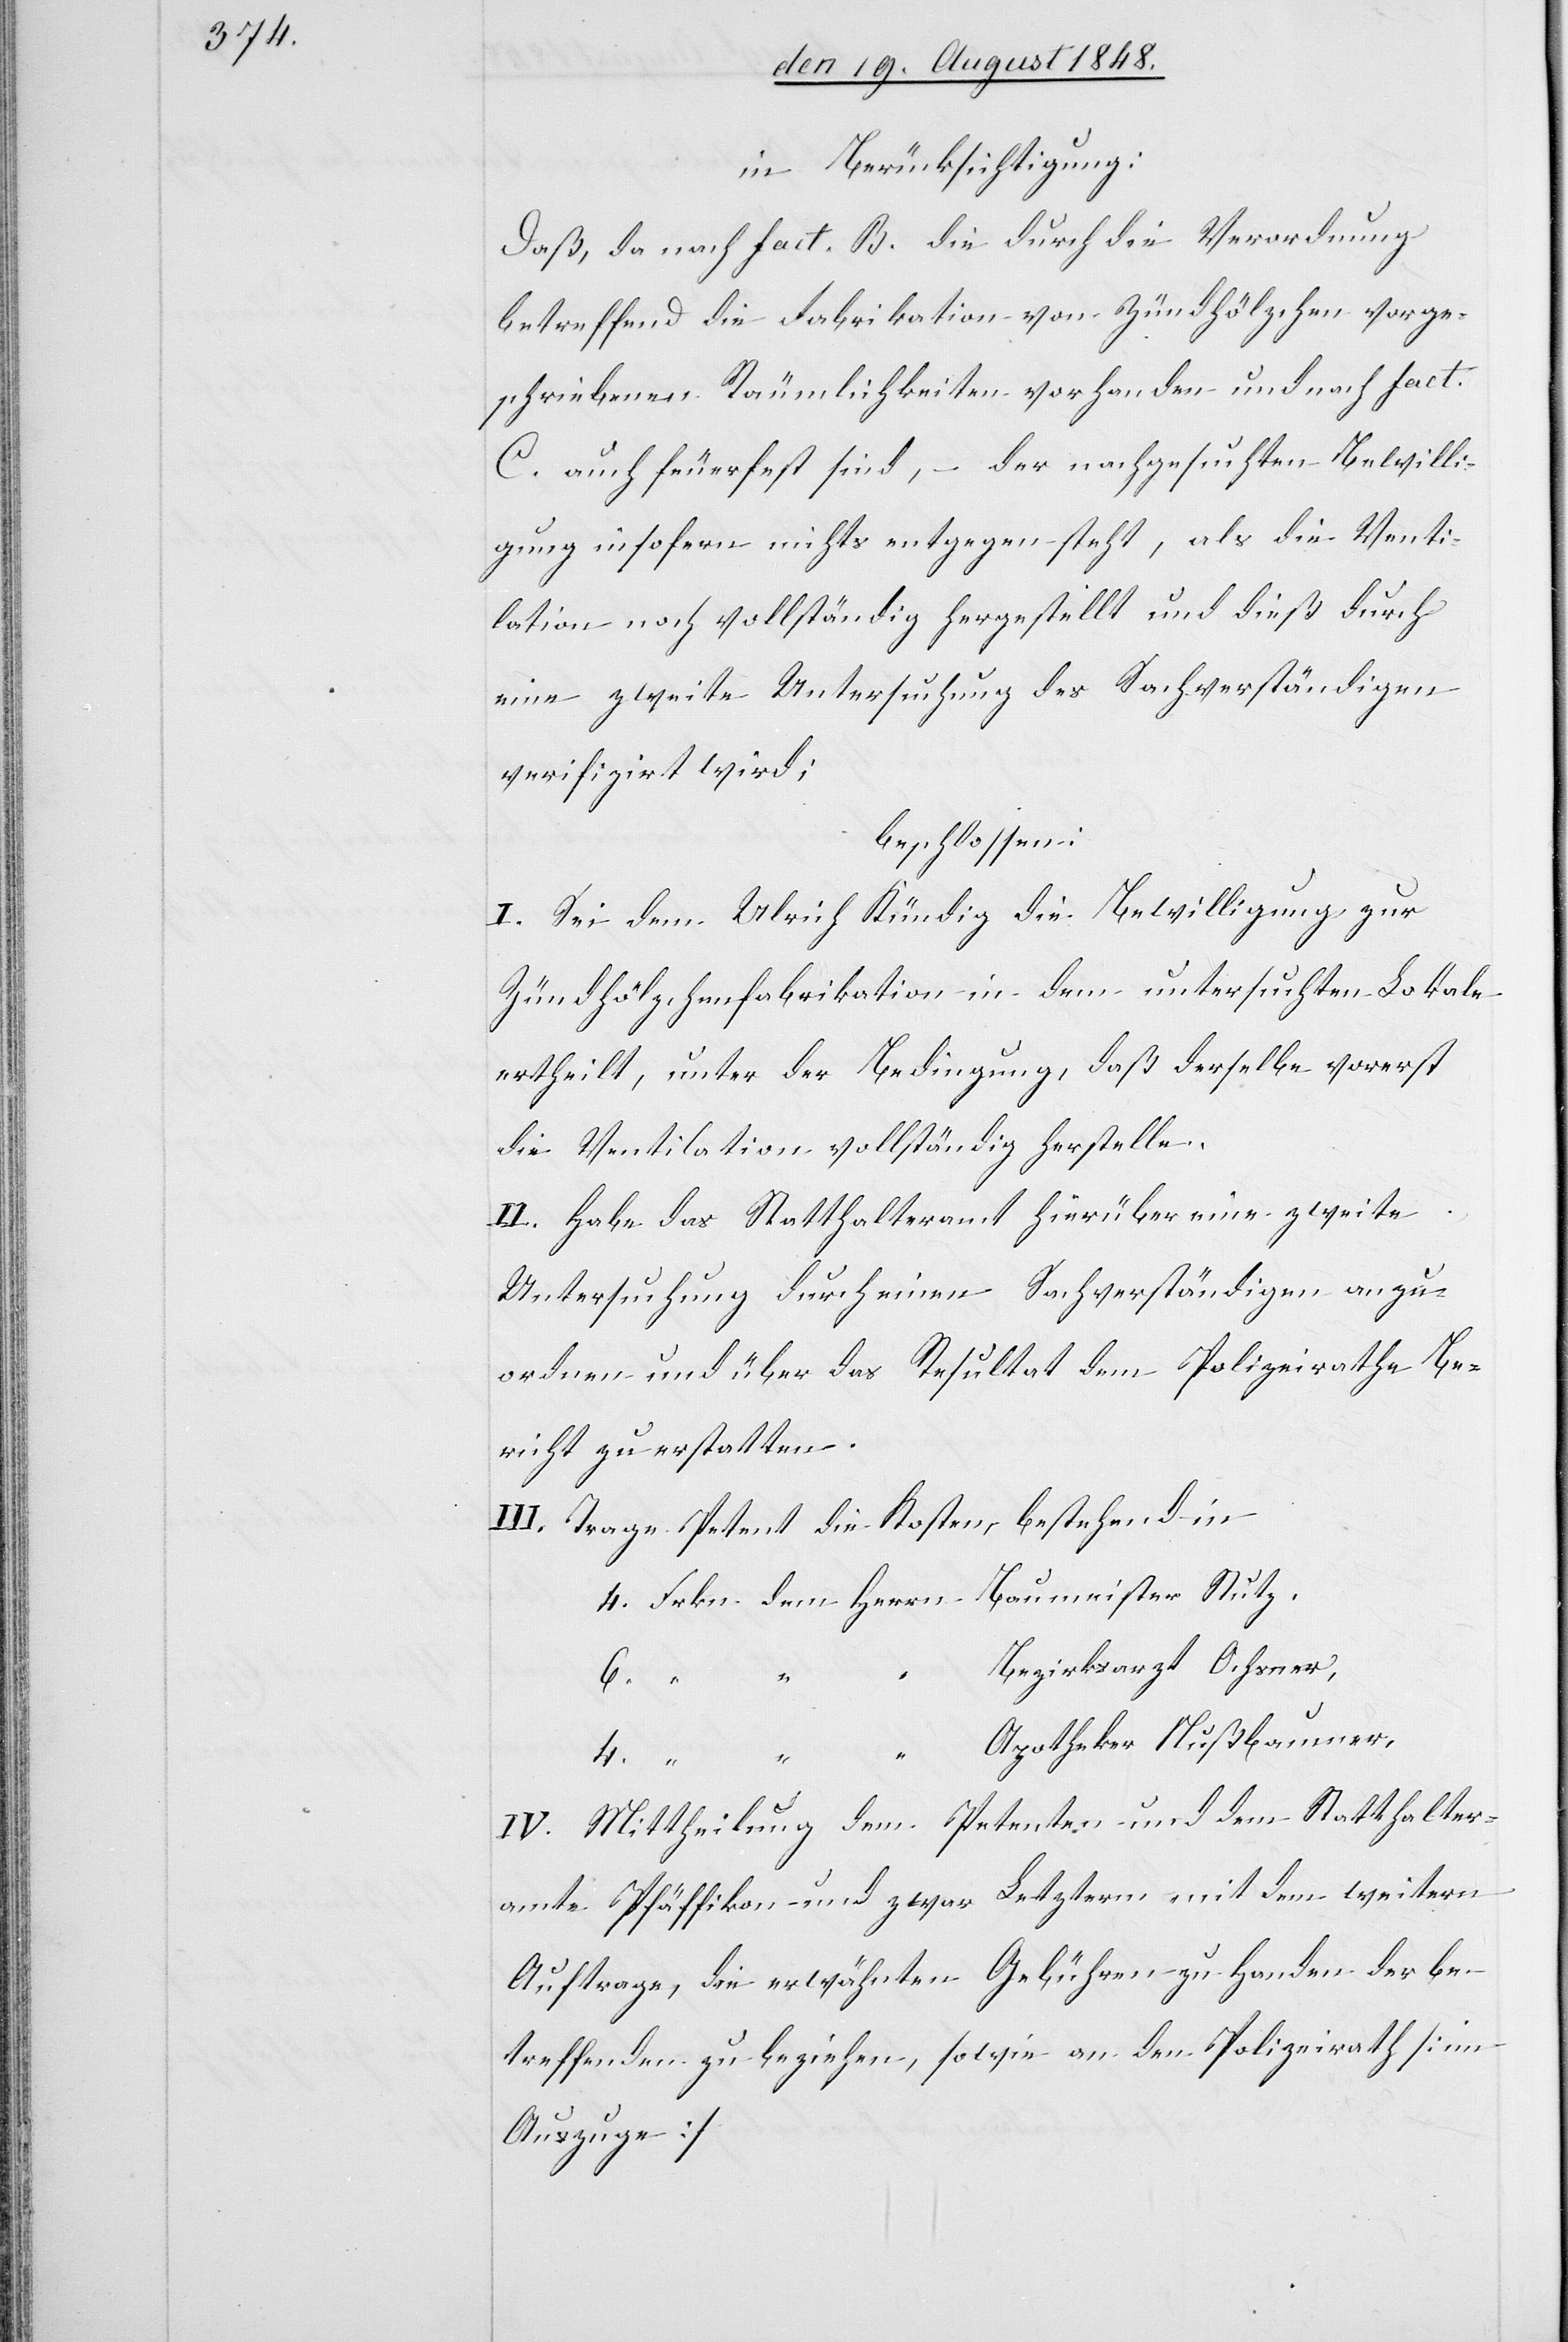
in Berücksichtigung:
Daß, da nach fact. B. die durch die Verordnung
betreffend die Fabrikation von Zündhölzchen vorge¬
schriebenen Räumlichkeiten vorhanden und nach fact.
C. auch feuerfest sind, – der nachgesuchten Bewilli¬
gung insofern nichts entgegen steht, als die Venti¬
lation noch vollständig hergestellt und dieß durch
eine zweite Untersuchung des Sachverständigen
verifizirt wird;
beschlossen:
I. Sei dem Ulrich Kündig die Bewilligung zur
Zündhölzchenfabrikation in dem untersuchten Lokale
ertheilt, unter der Bedingung, daß derselbe vorerst
die Ventilation vollständig herstelle.
II. Habe das Statthalteramt hierüber eine zweite
Untersuchung durch einen Sachverständigen anzu¬
ordnen und über das Resultat dem Polizeirathe Be¬
richt zu erstatten.
III. Trage Petent die Kosten bestehend in
Bezirksarzt Ochsner,
4.
Apotheker Nußbaumer.
Baumeister
4.
IV. Mittheilung dem Petenten und dem Statthalter¬
amte Pfäffikon und zwar Letzterm mit dem weitern
Auftrage, die erwähnten Gebühren zu Handen der be¬
treffenden zu beziehen, sowie an den Polizeirath [im
Auszuge].